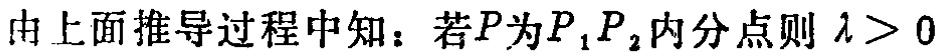
由上面推导过程中知：若\(P\)为\(P_1P_2\)内分点则\(\lambda > 0\)